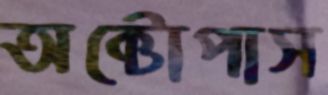
অক্টোপাস